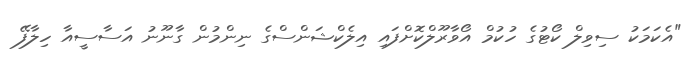
"އެކަމަކު ސިވިލް ކޯޓުގެ ހުކުމް އޯވާރޫލްކޮށްފައި އިލެކްޝަންސްގެ ނިންމުން ގާނޫނު އަސާސީއާ ހިލާފޭ